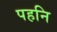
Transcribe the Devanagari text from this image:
पहनि